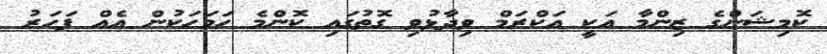
ކޮމިޝަންގެ ޒިންމާ އަކީ އަކްރަމް ވިދާޅުވި ގޮތުގައި ކޮންމެ ހަމަހަކުން އެއް ފަހަރު